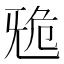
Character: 𣄲